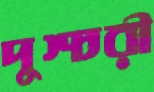
দুশ্চরী